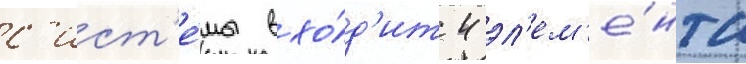
с'ист'е́мы вхо́д'ит 4 эл'ем'е́нта